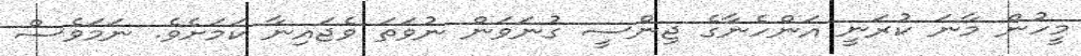
މީހުން މާނަ ކުރަނީ އަންހެނާގެ ޖިންސީ ގުނަވަން ނުވަތަ ވެޖައިނާ ކަމަށެވެ. ނަމަވެސް